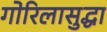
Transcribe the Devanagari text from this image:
गोरिलासुद्धा